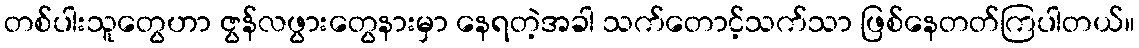
တစ်ပါးသူတွေဟာ ဇွန်လဖွားတွေနားမှာ နေရတဲ့အခါ သက်တောင့်သက်သာ ဖြစ်နေတတ်ကြပါတယ်။